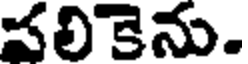
చలికెను.